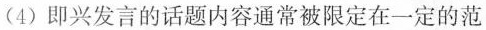
(4)即兴发言的话题内容通常被限定在一定的范